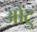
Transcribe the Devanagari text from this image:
ओटु